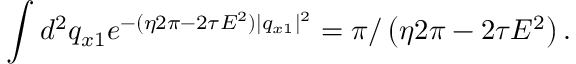
\int d ^ { 2 } q _ { x 1 } e ^ { - ( \eta 2 \pi - 2 \tau E ^ { 2 } ) | q _ { x 1 } | ^ { 2 } } = \pi / \left( \eta 2 \pi - 2 \tau E ^ { 2 } \right) .